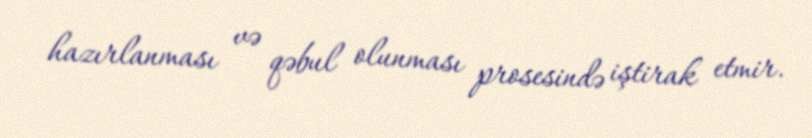
hazırlanması və qəbul olunması prosesində iştirak etmir.